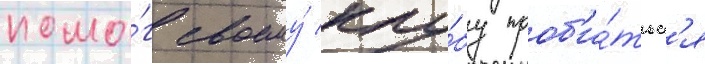
помо́г своему́ клу́бу проб'и́тьс'я